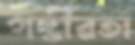
গম্ভীরতা